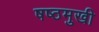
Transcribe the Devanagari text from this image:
षष्ठमुखी